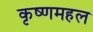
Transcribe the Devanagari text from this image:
कृष्णमहल